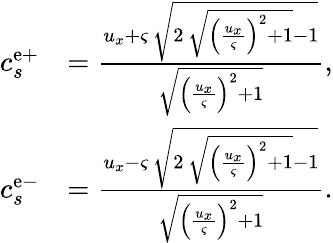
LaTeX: \begin{array}{rl}{c_{s}^{\mathrm{e+}}}&{=\frac{u_{x}+\varsigma\, \sqrt{2\, \sqrt{{\left(\frac{u_{x}}{\varsigma}\right)}^{2}+1}-1}}{\sqrt{{\left(\frac{u_{x}}{\varsigma}\right)}^{2}+1}},}\\ {c_{s}^{\mathrm{e-}}}&{=\frac{u_{x}-\varsigma\, \sqrt{2\, \sqrt{{\left(\frac{u_{x}}{\varsigma}\right)}^{2}+1}-1}}{\sqrt{{\left(\frac{u_{x}}{\varsigma}\right)}^{2}+1}}.}\end{array}